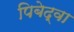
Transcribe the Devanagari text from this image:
पिबेद्वा